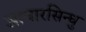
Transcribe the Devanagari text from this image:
आचारसिन्धु